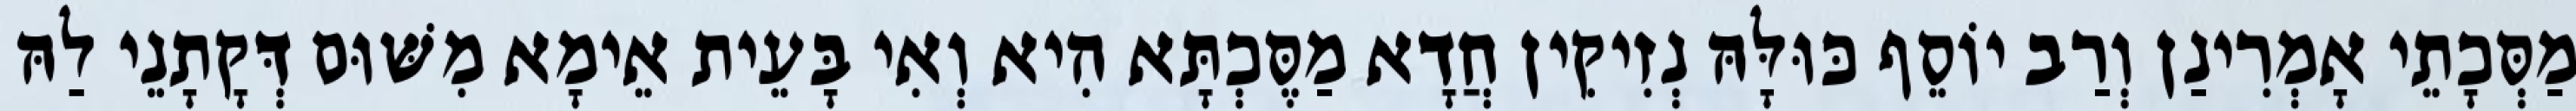
מַסְּכָתֵי אָמְרִינַן וְרַב יוֹסֵף כּוּלָּהּ נְזִיקִין חֲדָא מַסֶּכְתָּא הִיא וְאִי בָּעֵית אֵימָא מִשּׁוּם דְּקָתָנֵי לַהּ